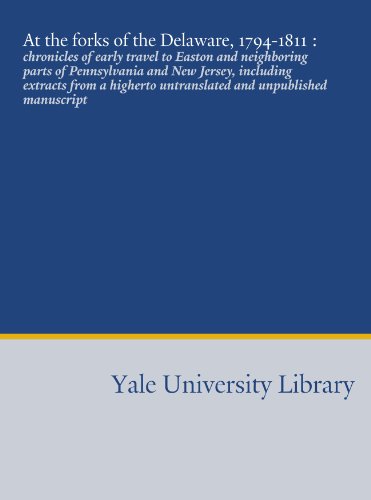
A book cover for At the forks of the Delaware, 1794-1811 :: chronicles of early travel to Easton and neighboring parts of Pennsylvania and New Jersey, including ... untranslated and unpublished manuscript; Rayner Wickersham Kelsey; Travel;